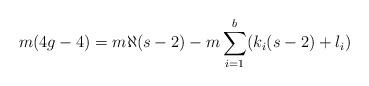
LaTeX: \begin{align*} m(4g-4)= m \aleph (s-2)-m\sum_{i=1}^b (k_i(s-2)+l_i)\end{align*}